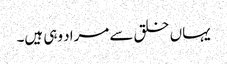
یہاں خلق سے مراد وہی ہیں۔